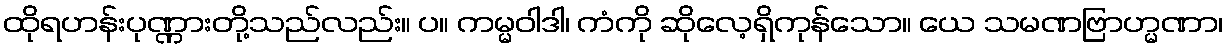
ထိုရဟန်းပုဏ္ဏားတို့သည်လည်း။ ပ။ ကမ္မဝါဒါ၊ ကံကို ဆိုလေ့ရှိကုန်သော။ ယေ သမဏဗြာဟ္မဏာ၊